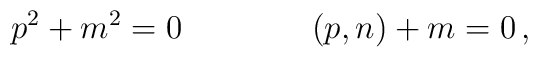
p^2+m^2=0\qquad\qquad (p,n)+m=0\,,